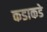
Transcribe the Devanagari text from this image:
कडाकडे